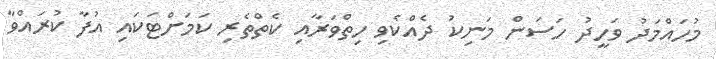
މުހައްމަދު ވަހީދު ހަސަން މަނިކު ދެއްކެވި ހިތްވަރާއި ކެތްތެރި ކަމަށްޓަކައި އުފާ ކުރައްވާ